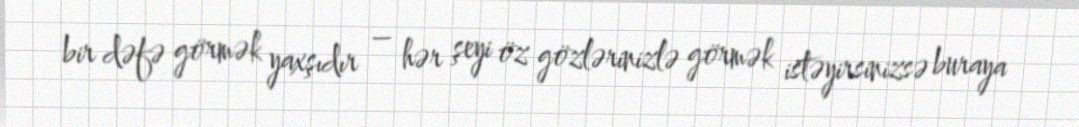
bir dəfə görmək yaxşıdır – hər şeyi öz gözlərinizlə görmək istəyirsinizsə buraya